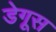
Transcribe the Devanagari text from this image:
डेगूस